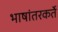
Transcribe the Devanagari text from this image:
भाषांतरकर्ते